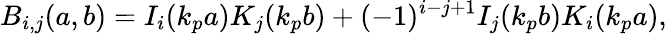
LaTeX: B_{i,j}(a,b)=I_{i}(k_{p}a)K_{j}(k_{p}b)+(-1)^{i-j+1}I_{j}(k_{p}b)K_{i}(k_{p}a),